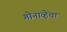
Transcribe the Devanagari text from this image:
गोनाव्हेचा